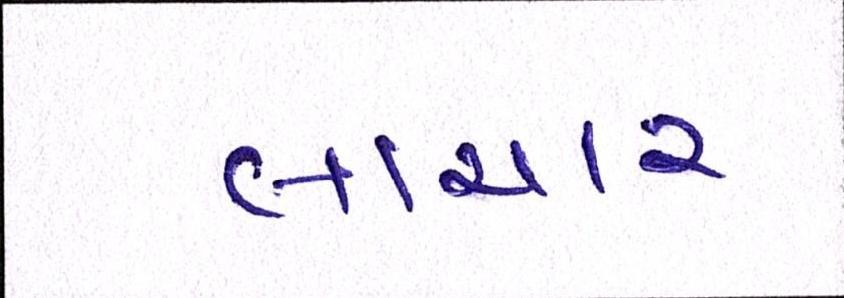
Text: લાચાર